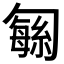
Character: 𫧅